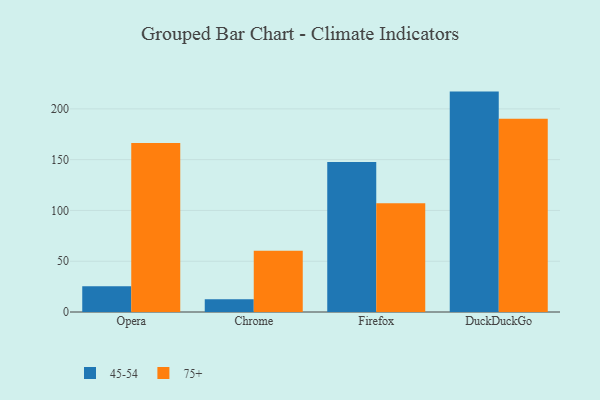
{"axis": {"x": "Browser", "y": "Conversion Rate (%)"}, "legend": ["45-54", "75+"], "data": [{"x": "Opera", "y": 25.4, "type": "45-54"}, {"x": "Opera", "y": 166.3, "type": "75+"}, {"x": "Chrome", "y": 12.5, "type": "45-54"}, {"x": "Chrome", "y": 60.3, "type": "75+"}, {"x": "Firefox", "y": 147.8, "type": "45-54"}, {"x": "Firefox", "y": 107.1, "type": "75+"}, {"x": "DuckDuckGo", "y": 217.0, "type": "45-54"}, {"x": "DuckDuckGo", "y": 190.2, "type": "75+"}]}